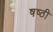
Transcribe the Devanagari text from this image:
षष्‍ठी